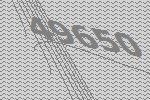
49650